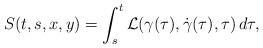
LaTeX: \begin{align*}S(t,s,x,y)=\int_s^t \mathcal{L}(\gamma(\tau),\dot{\gamma}(\tau),\tau)\,d\tau,\end{align*}